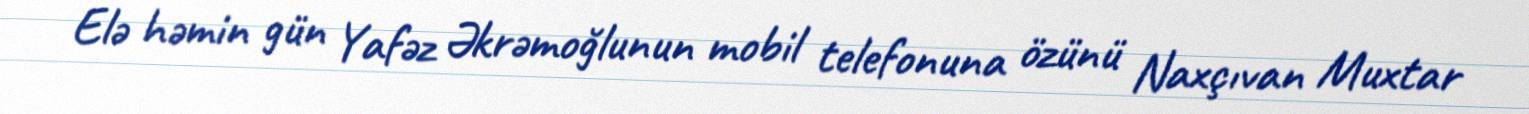
Elə həmin gün Yafəz Əkrəmoğlunun mobil telefonuna özünü Naxçıvan Muxtar